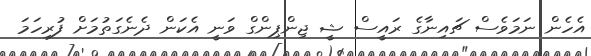
އެހެން ނަމަވެސް ޗައިނާގެ ރައީސް ޝީ ޖިންޕިންގް ވަނީ އެކަން ދެނެގަތުމަށް ފުރިހަމަ